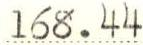
168.44